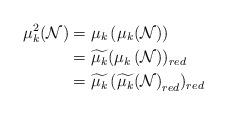
LaTeX: \begin{align*}\mu_{k}^{2}(\mathcal{N})&=\mu_{k}\left(\mu_{k}(\mathcal{N})\right) \\&=\widetilde{\mu_{k}}(\mu_{k}\left(\mathcal{N}\right))_{red} \\&=\widetilde{\mu_{k}}\left( \widetilde{\mu_{k}}(\mathcal{N}\right)_{red})_{red}\end{align*}